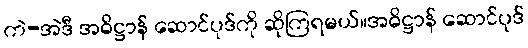
ကဲ-အဲဒီ အဓိဋ္ဌာန် ဆောင်ပုဒ်ကို ဆိုကြရမယ်။အဓိဋ္ဌာန် ဆောင်ပုဒ်